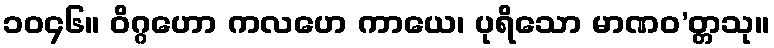
၁၀၄၆။ ဝိဂ္ဂဟော ကလဟေ ကာယေ၊ ပုရိသော မာဏဝ’တ္တသု။